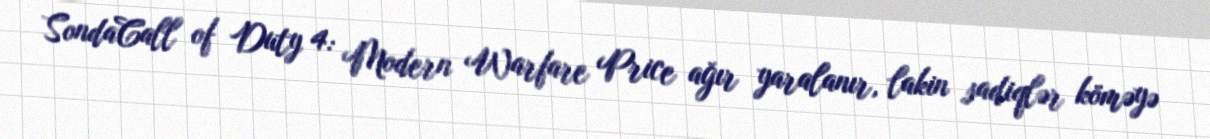
SondaCall of Duty 4: Modern Warfare Price ağır yaralanır, lakin sadiqlər köməyə